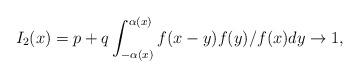
LaTeX: \begin{align*} I_2(x)=p+q \int_{-\alpha(x)}^{\alpha(x)} f(x-y)f(y)/f(x)dy \to 1,\end{align*}